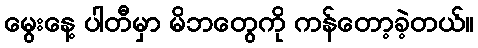
မွေးနေ့ ပါတီမှာ မိဘတွေကို ကန်တော့ခဲ့တယ်။